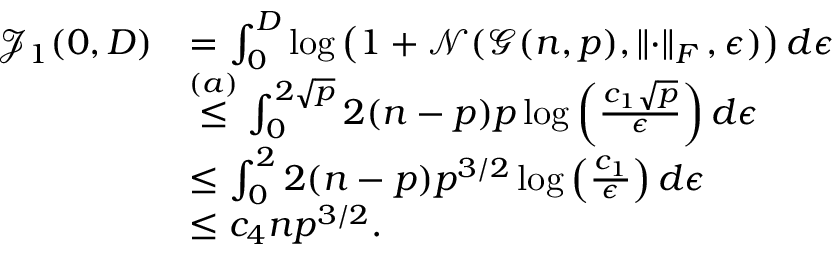
\begin{array} { r l } { \mathcal { J } _ { 1 } ( 0 , D ) } & { = \int _ { 0 } ^ { D } \log \left( 1 + \mathcal { N } ( \mathcal { G } ( n , p ) , \left\lVert \cdot \right\rVert _ { F } , \epsilon ) \right) d \epsilon } \\ & { \stackrel { ( a ) } { \leq } \int _ { 0 } ^ { 2 \sqrt { p } } 2 ( n - p ) p \log \left( \frac { c _ { 1 } \sqrt { p } } { \epsilon } \right) d \epsilon } \\ & { \leq \int _ { 0 } ^ { 2 } 2 ( n - p ) p ^ { 3 / 2 } \log \left( \frac { c _ { 1 } } { \epsilon } \right) d \epsilon } \\ & { \leq c _ { 4 } n p ^ { 3 / 2 } . } \end{array}